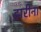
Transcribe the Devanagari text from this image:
झरीना